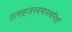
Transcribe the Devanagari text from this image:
तत्सहजस्वभावमनिशं